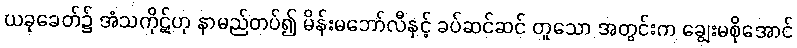
ယခုခေတ်၌ အံသကိုဋ်ဟု နာမည်တပ်၍ မိန်းမဘော်လီနှင့် ခပ်ဆင်ဆင် တူသော အတွင်းက ချွေးမစိုအောင်